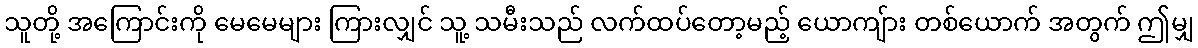
သူတို့ အကြောင်းကို မေမေများ ကြားလျှင် သူ့ သမီးသည် လက်ထပ်တော့မည့် ယောကျ်ား တစ်ယောက် အတွက် ဤမျှ